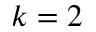
k = 2